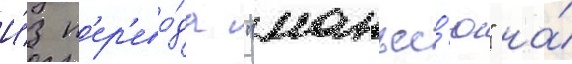
И́з п'ер'ево́да "манъес'ю" на́